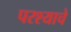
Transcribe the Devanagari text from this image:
परश्याचे